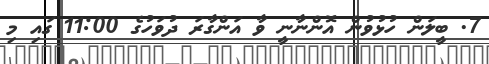
7. ބީލަން ހުޅުވުން އޮންނާނީ ވާ އަންގާރަ ދުވަހުގެ 11:00 ގައި މި